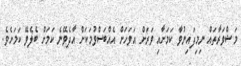
މަޝްވަރާތައް ނިމިފައިނުވާ ކަމަށާއި ވަރަށް އަވަހަށް އެއްބަސްވުމަކަށް އާދެވޭނެ ކަމަށް ބެލެވޭ ކަމަށެވެ.